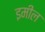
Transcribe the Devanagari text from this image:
इमील